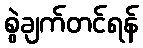
စွဲချက်တင်ရန်